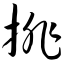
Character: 排